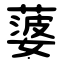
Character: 蔢